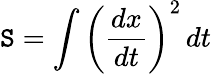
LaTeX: \mathtt{S}=\int\left({\frac{{dx}}{{dt}}}\right)^{2}\, dt